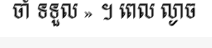
ចាំ ទទួល » ។ ពេល ល្ងាច